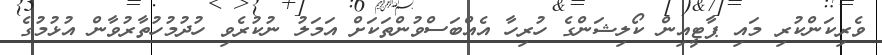
ވެރިކަންކުރި މައި ޕާޓީއިން ކޯލިޝަންގެ ހުރިހާ އެއްބަސްވުންތަކަށް އަމަލު ނުކުރެވި ހުދުމުހުތާރުވާން އުޅުމުގެ